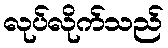
လုပ်လိုက်သည်